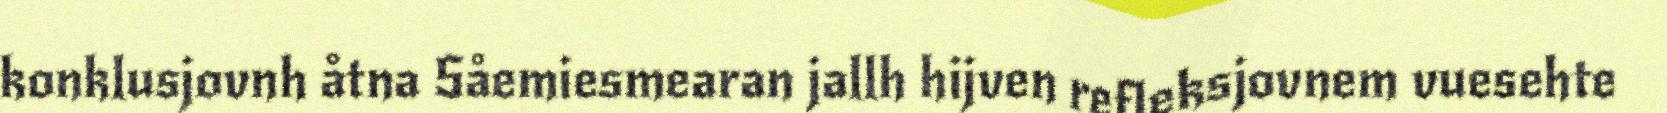
konklusjovnh åtna Såemiesmearan jallh hijven refleksjovnem vuesehte